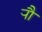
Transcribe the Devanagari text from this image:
र्‍ाौ